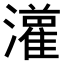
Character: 𤂦